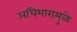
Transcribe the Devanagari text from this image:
अधिभारामुळे